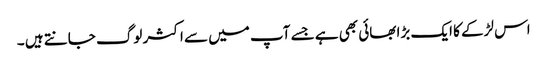
اس لڑکے کا ایک بڑا بھائی بھی ہے جسے آپ میں سے اکثر لوگ جانتے ہیں ۔